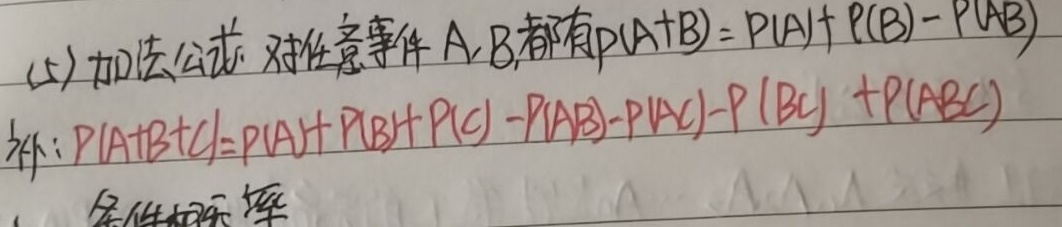
(5) 加法公式：对任意事件 \(A,B\)，都有 \(P(A + B)=P(A)+P(B)-P(AB)\)

补：\(P(A + B + C)=P(A)+P(B)+P(C)-P(AB)-P(AC)-P(BC)+P(ABC)\)